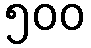
၅၀၀